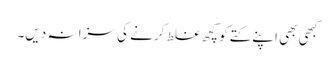
کبھی بھی اپنے کتے کو کچھ غلط کرنے کی سزا نہ دیں۔